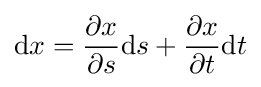
\mathrm {d} x={\frac {\partial x}{\partial s}}\mathrm {d} s+{\frac {\partial x}{\partial t}}\mathrm {d} t